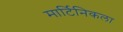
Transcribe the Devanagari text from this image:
मार्टिनिकला